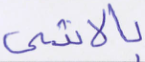
بالأنثى